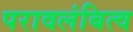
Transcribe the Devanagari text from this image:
परावलंबित्व